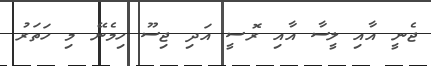
ޖެނީ އާއި ލީސާ އާއި ރޮސީ އަދި ޖިސޫ ހިމެނޭ މި ހަތަރު